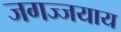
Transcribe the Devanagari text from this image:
जगज्जयाय